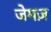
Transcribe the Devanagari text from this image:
जेमज़